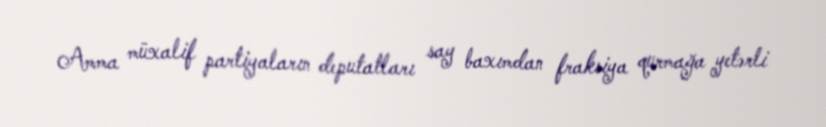
Amma müxalif partiyaların deputatları say baxımdan fraksiya qurmağa yetərli